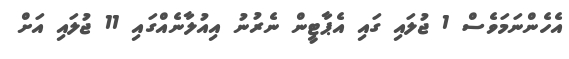
އެހެންނަމަވެސް 1 ޖުލައި ގައި އެޕާޓީން ނެރުނު އިއުލާނެއްގައި 11 ޖުލައި އަށް